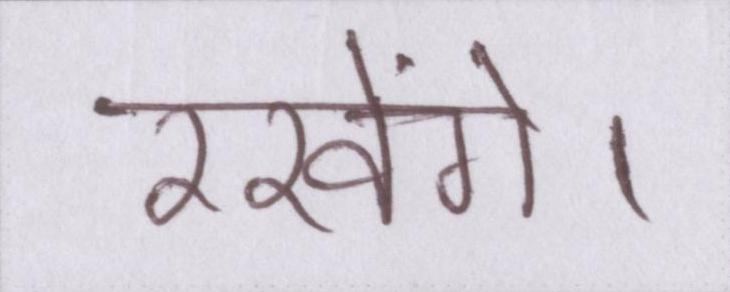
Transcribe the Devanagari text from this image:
रखेंगे।